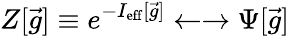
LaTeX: Z[{\vec{g}}]\equiv e^{-I_{\mathrm{eff}}[{\vec{g}}]}\leftarrow\rightarrow\Psi[{\vec{g}}]